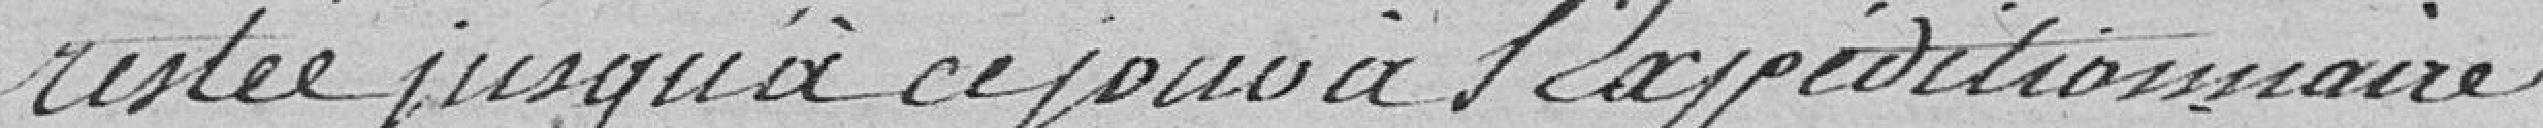
restée jusqu'à ce jour à l"expéditionnaire